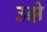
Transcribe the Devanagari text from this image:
उझे